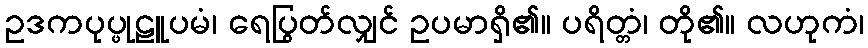
ဥဒကပုပ္ဖုဠူပမံ၊ ရေပြွတ်လျှင် ဥပမာရှိ၏။ ပရိတ္တံ၊ တို၏။ လဟုကံ၊